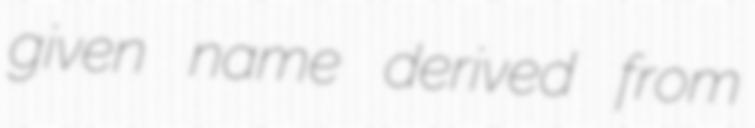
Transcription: given name derived from